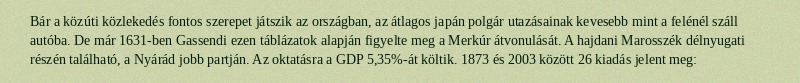
Bár a közúti közlekedés fontos szerepet játszik az országban, az átlagos japán polgár utazásainak kevesebb mint a felénél száll autóba. De már 1631-ben Gassendi ezen táblázatok alapján figyelte meg a Merkúr átvonulását. A hajdani Marosszék délnyugati részén található, a Nyárád jobb partján. Az oktatásra a GDP 5,35%-át költik. 1873 és 2003 között 26 kiadás jelent meg: